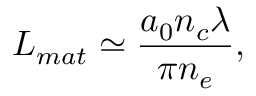
L _ { m a t } \simeq \frac { a _ { 0 } n _ { c } \lambda } { \pi n _ { e } } ,